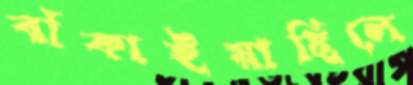
বাঁকাইয়াছিলে